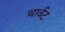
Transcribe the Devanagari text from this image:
थार्वट